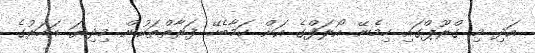
އަދި މި ގްރޫޕްގައި ހިމެނޭ އޯލަފްގެ އަށް ކަމާބެހޭ ފަރާތްތަކުން މިދިޔަ އަހަރުގެ